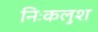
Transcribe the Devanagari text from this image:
निःकलुश